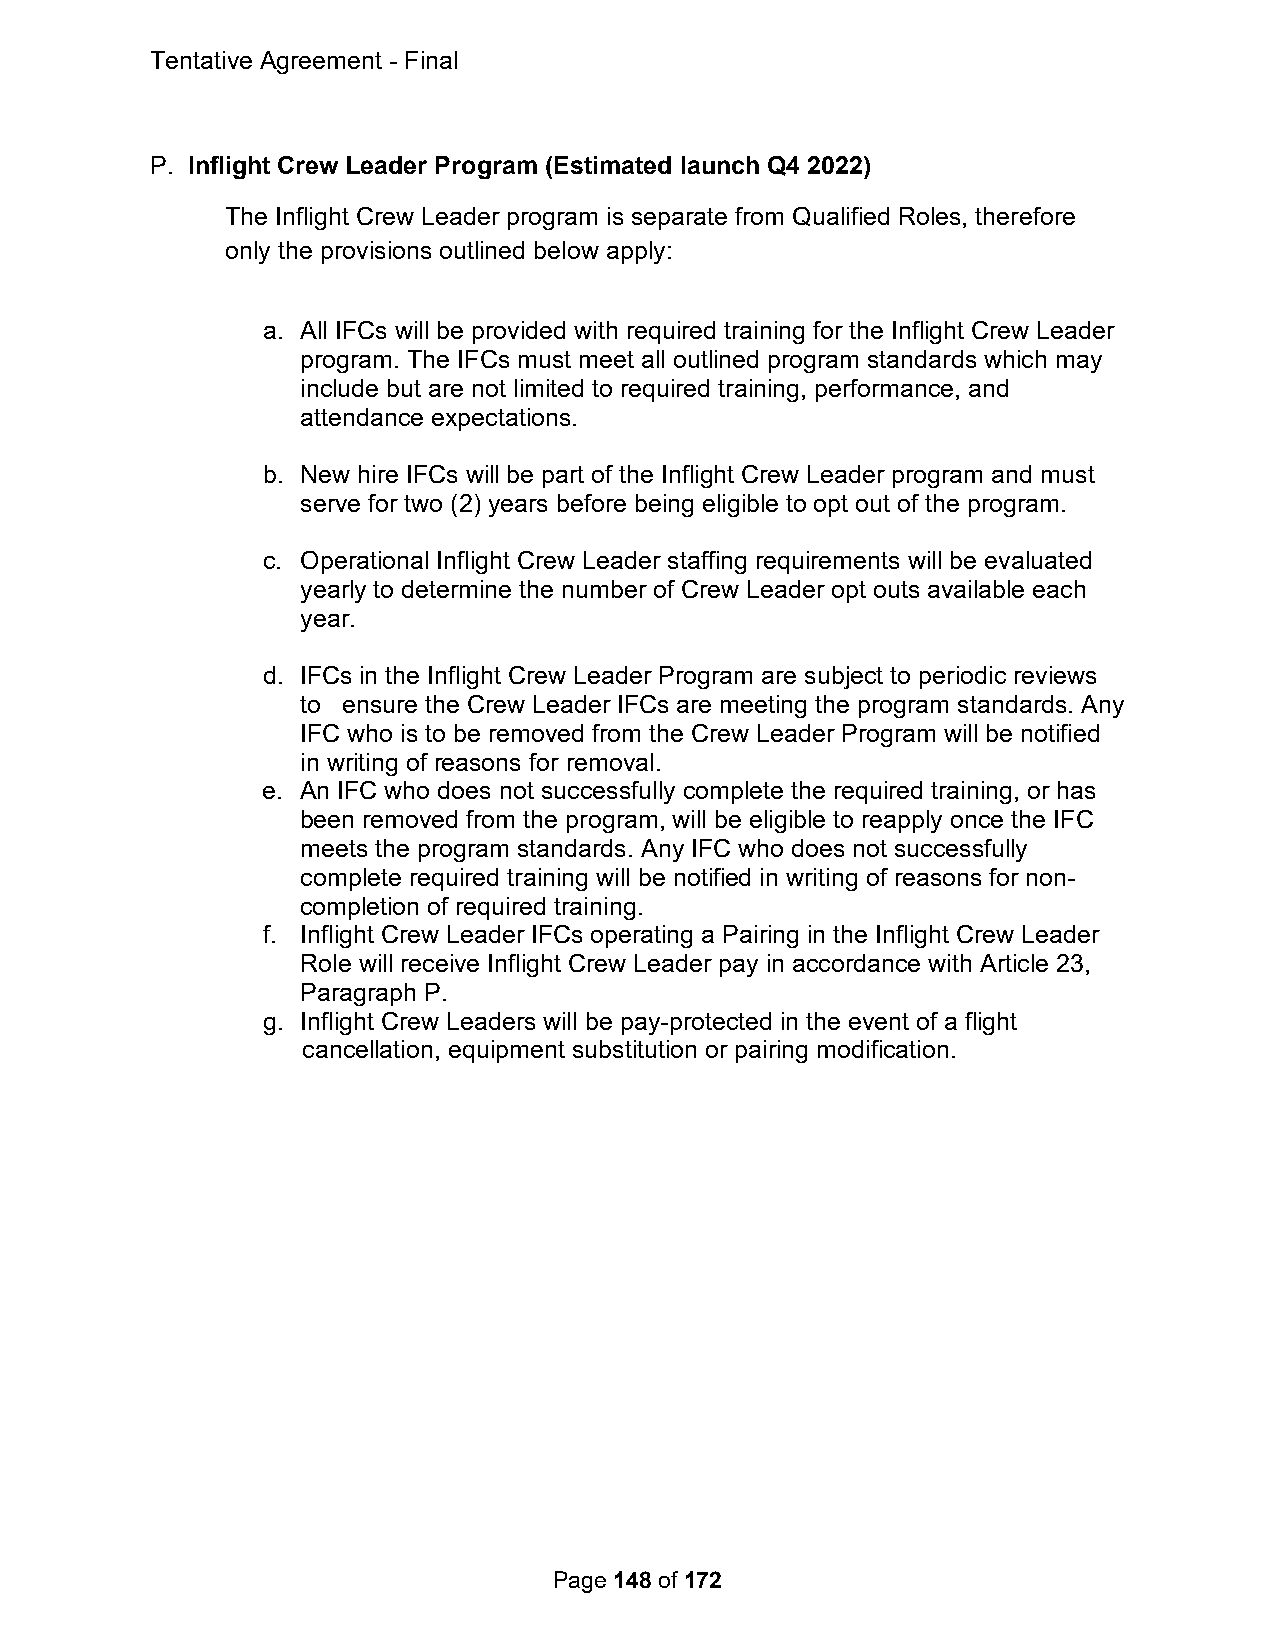
Tentative Agreement - Final
 P. Inflight Crew Leader Program (Estimated launch Q4 2022)
 The Inflight Crew Leader program is separate from Qualified Roles, therefore
 only the provisions outlined below apply:
 a. All IFCs will be provided with required training for the Inflight Crew Leader
 program. The IFCs must meet all outlined program standards which may
 include but are not limited to required training, performance, and
 attendance expectations.
 b. New hire IFCs will be part of the Inflight Crew Leader program and must
 serve for two (2) years before being eligible to opt out of the program.
 c. Operational Inflight Crew Leader staffing requirements will be evaluated
 yearly to determine the number of Crew Leader opt outs available each
 year.
 d. IFCs in the Inflight Crew Leader Program are subject to periodic reviews
 to ensure the Crew Leader IFCs are meeting the program standards. Any
 IFC who is to be removed from the Crew Leader Program will be notified
 in writing of reasons for removal.
 e. An IFC who does not successfully complete the required training, or has
 been removed from the program, will be eligible to reapply once the IFC
 meets the program standards. Any IFC who does not successfully
 complete required training will be notified in writing of reasons for non-
 completion of required training.
 f. Inflight Crew Leader IFCs operating a Pairing in the Inflight Crew Leader
 Role will receive Inflight Crew Leader pay in accordance with Article 23,
 Paragraph P.
 g. Inflight Crew Leaders will be pay-protected in the event of a flight
 cancellation, equipment substitution or pairing modification.
 Page 148 of 172